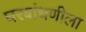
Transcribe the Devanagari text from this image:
घरबांधणीला